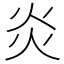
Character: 炎